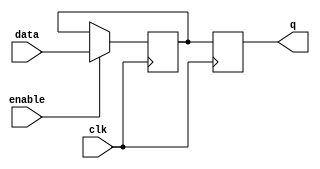
module sequential_logic_block(
    input data,
    input enable,
    input clk,
    output reg q
);

reg d;

always @ (posedge clk) begin
    if (enable) begin
        d <= data;
    end
    q <= d;
end

endmodule